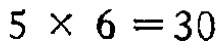
\(5\times 6 = 30\)